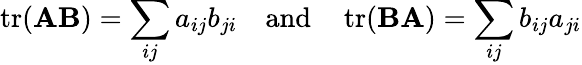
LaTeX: \operatorname{tr}(\mathbf{A}\mathbf{B})=\sum_{ij}a_{ij}b_{ji}\quad{\mathrm{and}}\quad\operatorname{tr}(\mathbf{B}\mathbf{A})=\sum_{ij}b_{ij}a_{ji}